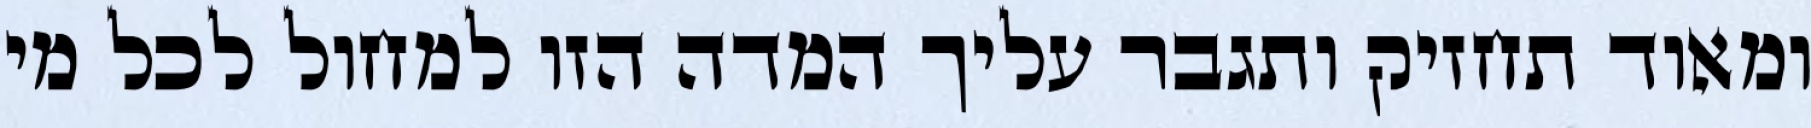
ומאוד תחזיק ותגבר עליך המדה הזו למחול לכל מי